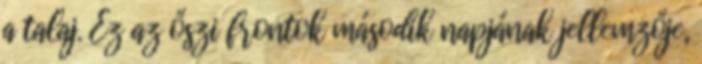
a talaj. Ez az őszi frontok második napjának jellemzője,